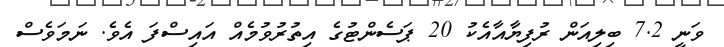
ވަނީ 7.2 ބިލިއަން ރުފިޔާއާއެކު 20 ޕަސެންޓުގެ އިތުރުވުމެއް އައިސްފަ އެވެ. ނަމަވެސް